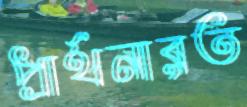
প্রার্থনারত